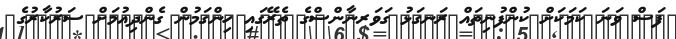
ފަސް ވަނަ ކަމަކަށް ކުންފުނިތައް ރަނގަޅު ގަވަރނާންސްގެ ތެރޭގައި ހިންގަމުން ގެންދިއުމަށް ސަރުކާރުގެ